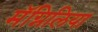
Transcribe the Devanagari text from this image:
मॅग्निलिया